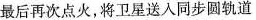
最后再次点火，将卫星送入同步圆轨道